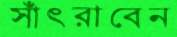
সাঁৎরাবেন